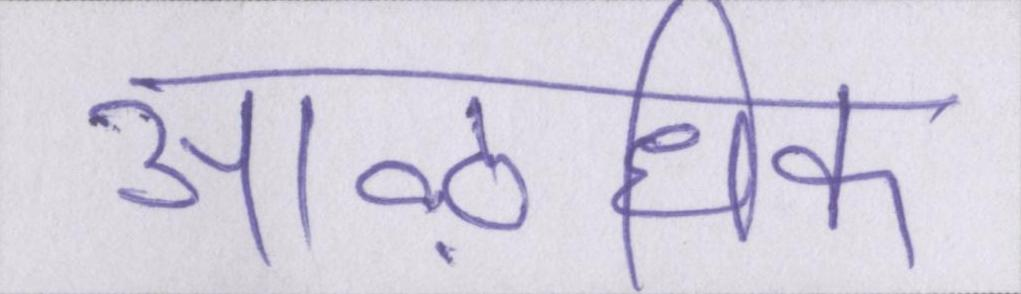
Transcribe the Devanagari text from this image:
आऴधिक